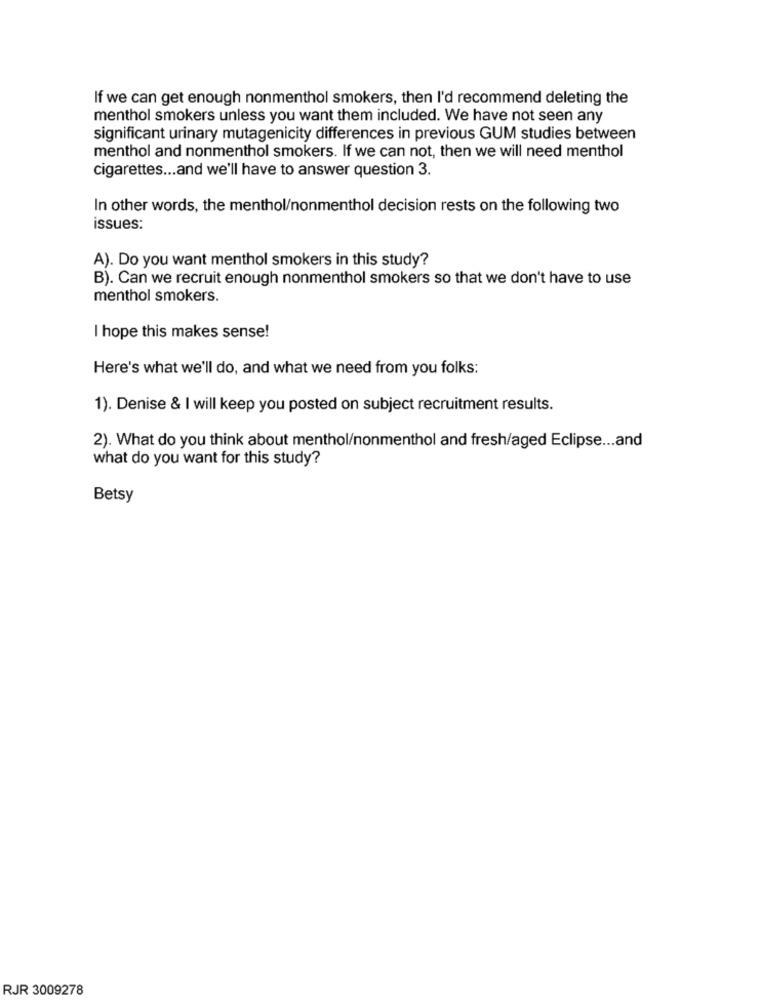
If we can get enough nonmenthol smokers, then I'd recommend deleting the
menthol smokers unless you want them included. We have not seen any
significant urinary mutagenicity differences in previous GUM studies between
menthol and nonmenthol smokers. If we can not, then we will need menthol
cigarettes ... and we'll have to answer question 3.
In other words, the menthol/nonmenthol decision rests on the following two
issues:
A). Do you want menthol smokers in this study?
B). Can we recruit enough nonmenthol smokers so that we don't have to use
menthol smokers.
I hope this makes sense!
Here's what we'll do, and what we need from you folks:
1). Denise & I will keep you posted on subject recruitment results.
2). What do you think about menthol/nonmenthol and fresh/aged Eclipse ... and
what do you want for this study?
Betsy
RJR 3009278